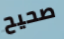
صحيح